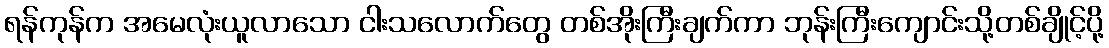
ရန်ကုန်က အမေလုံးယူလာသော ငါးသလောက်တွေ တစ်အိုးကြီးချက်ကာ ဘုန်းကြီးကျောင်းသို့တစ်ချိုင့်ပို့